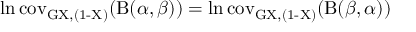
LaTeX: \ln \operatorname { c o v _ { G X , ( 1 - X ) } } ( \mathrm { B } ( \alpha , \beta ) ) = \ln \operatorname { c o v _ { G X , ( 1 - X ) } } ( \mathrm { B } ( \beta , \alpha ) )